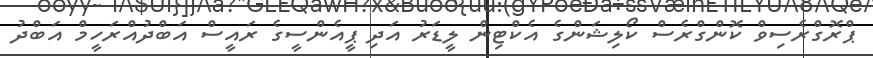
ޕްރޮގްރެސިވް ކޮންގްރެސް ކޯލިޝަންގެ އެކްޓިން ލީޑަރު އަދި ޕީއެންސީގެ ރައީސް އަބްދުއްރަހީމް އަބްދު